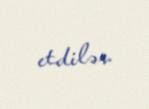
etdilər.